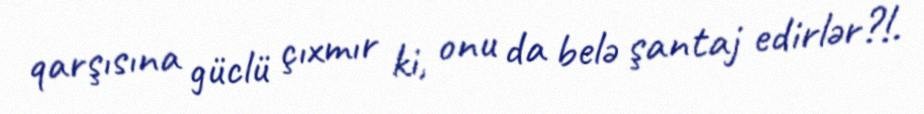
qarşısına güclü çıxmır ki, onu da belə şantaj edirlər?!.